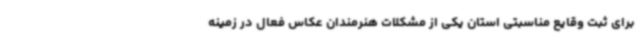
برای ثبت وقایع مناسبتی استان یکی از مشکلات هنرمندان عکاس فعال در زمینه